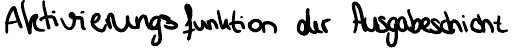
Aktivierungsfunktion der Ausgabeschicht